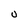
Character: U